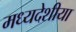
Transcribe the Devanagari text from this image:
मध्यदेशीया